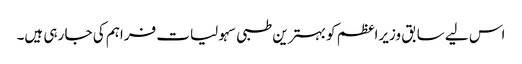
اس لیے سابق وزیراعظم کو بہترین طبی سہولیات فراہم کی جا رہی ہیں۔